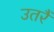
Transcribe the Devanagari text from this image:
उतरैं